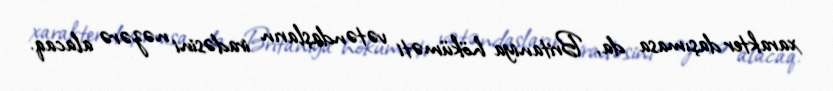
xarakter daşımasa da, Britaniya höküməti vətəndaşların iradəsini nəzərə alacaq.